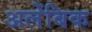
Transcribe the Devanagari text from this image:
अलेंबिक